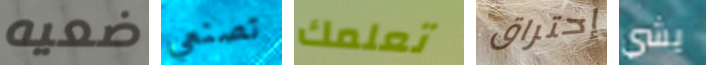
ضعيه تصنعي تعلمك إحتراق يشي